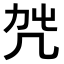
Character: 𠘿